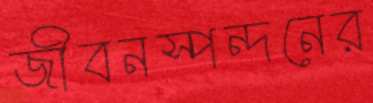
জীবনস্পন্দনের